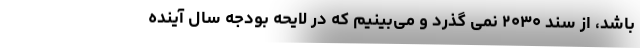
باشد، از سند ۲۰۳۰ نمی گذرد و می‌بینیم که در لایحه بودجه سال آینده